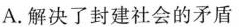
A.解决了封建社会的矛盾